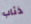
ذئاب